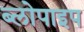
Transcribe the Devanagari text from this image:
ब्लोपाइप